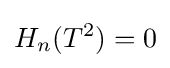
H_{n}(T^{2})=0